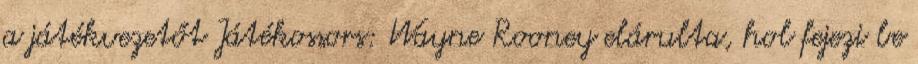
a játékvezetőt Játékossors: Wayne Rooney elárulta, hol fejezi be